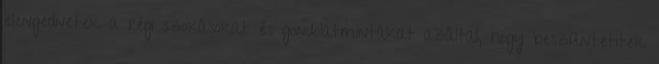
elengednetek a régi szokásokat és gondolatmintákat azáltal, hogy beszüntetitek